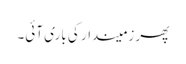
پھر زمیندار کی باری آئی۔